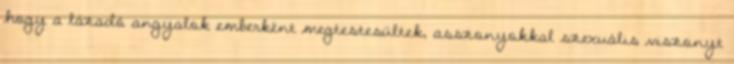
hogy a lázadó angyalok emberként megtestesültek, asszonyokkal szexuális viszonyt